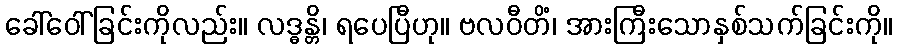
ခေါ်ဝေါ်ခြင်းကိုလည်း။ လဒ္ဓန္တိ၊ ရပေပြီဟု။ ဗလဝီတိံ၊ အားကြီးသောနှစ်သက်ခြင်းကို။